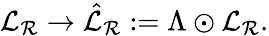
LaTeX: \mathcal{L}_{\mathcal{R}}\rightarrow\hat{\mathcal{L}}_{\mathcal{R}}:=\Lambda\odot\mathcal{L}_{\mathcal{R}}.